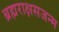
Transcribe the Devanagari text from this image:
ब्रह्मराक्षसजन्म